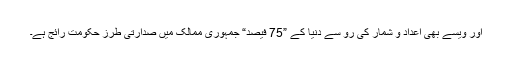
اور ویسے بھی اعداد و شمار کی رو سے دنیا کے ”75 فیصد“ جمہوری ممالک میں صدارتی طرز حکومت رائج ہے۔